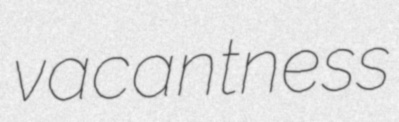
vacantness